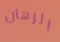
الرهان